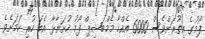
ފޯމުގެ އިތުރަށްވެސް 6000 އެއްހާ މެމްބަޝިޕް ފޯމު ހުށަނާޅާ އެބަ ހުރި ކަމަށެވެ.